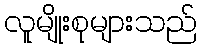
လူမျိုးစုများသည်